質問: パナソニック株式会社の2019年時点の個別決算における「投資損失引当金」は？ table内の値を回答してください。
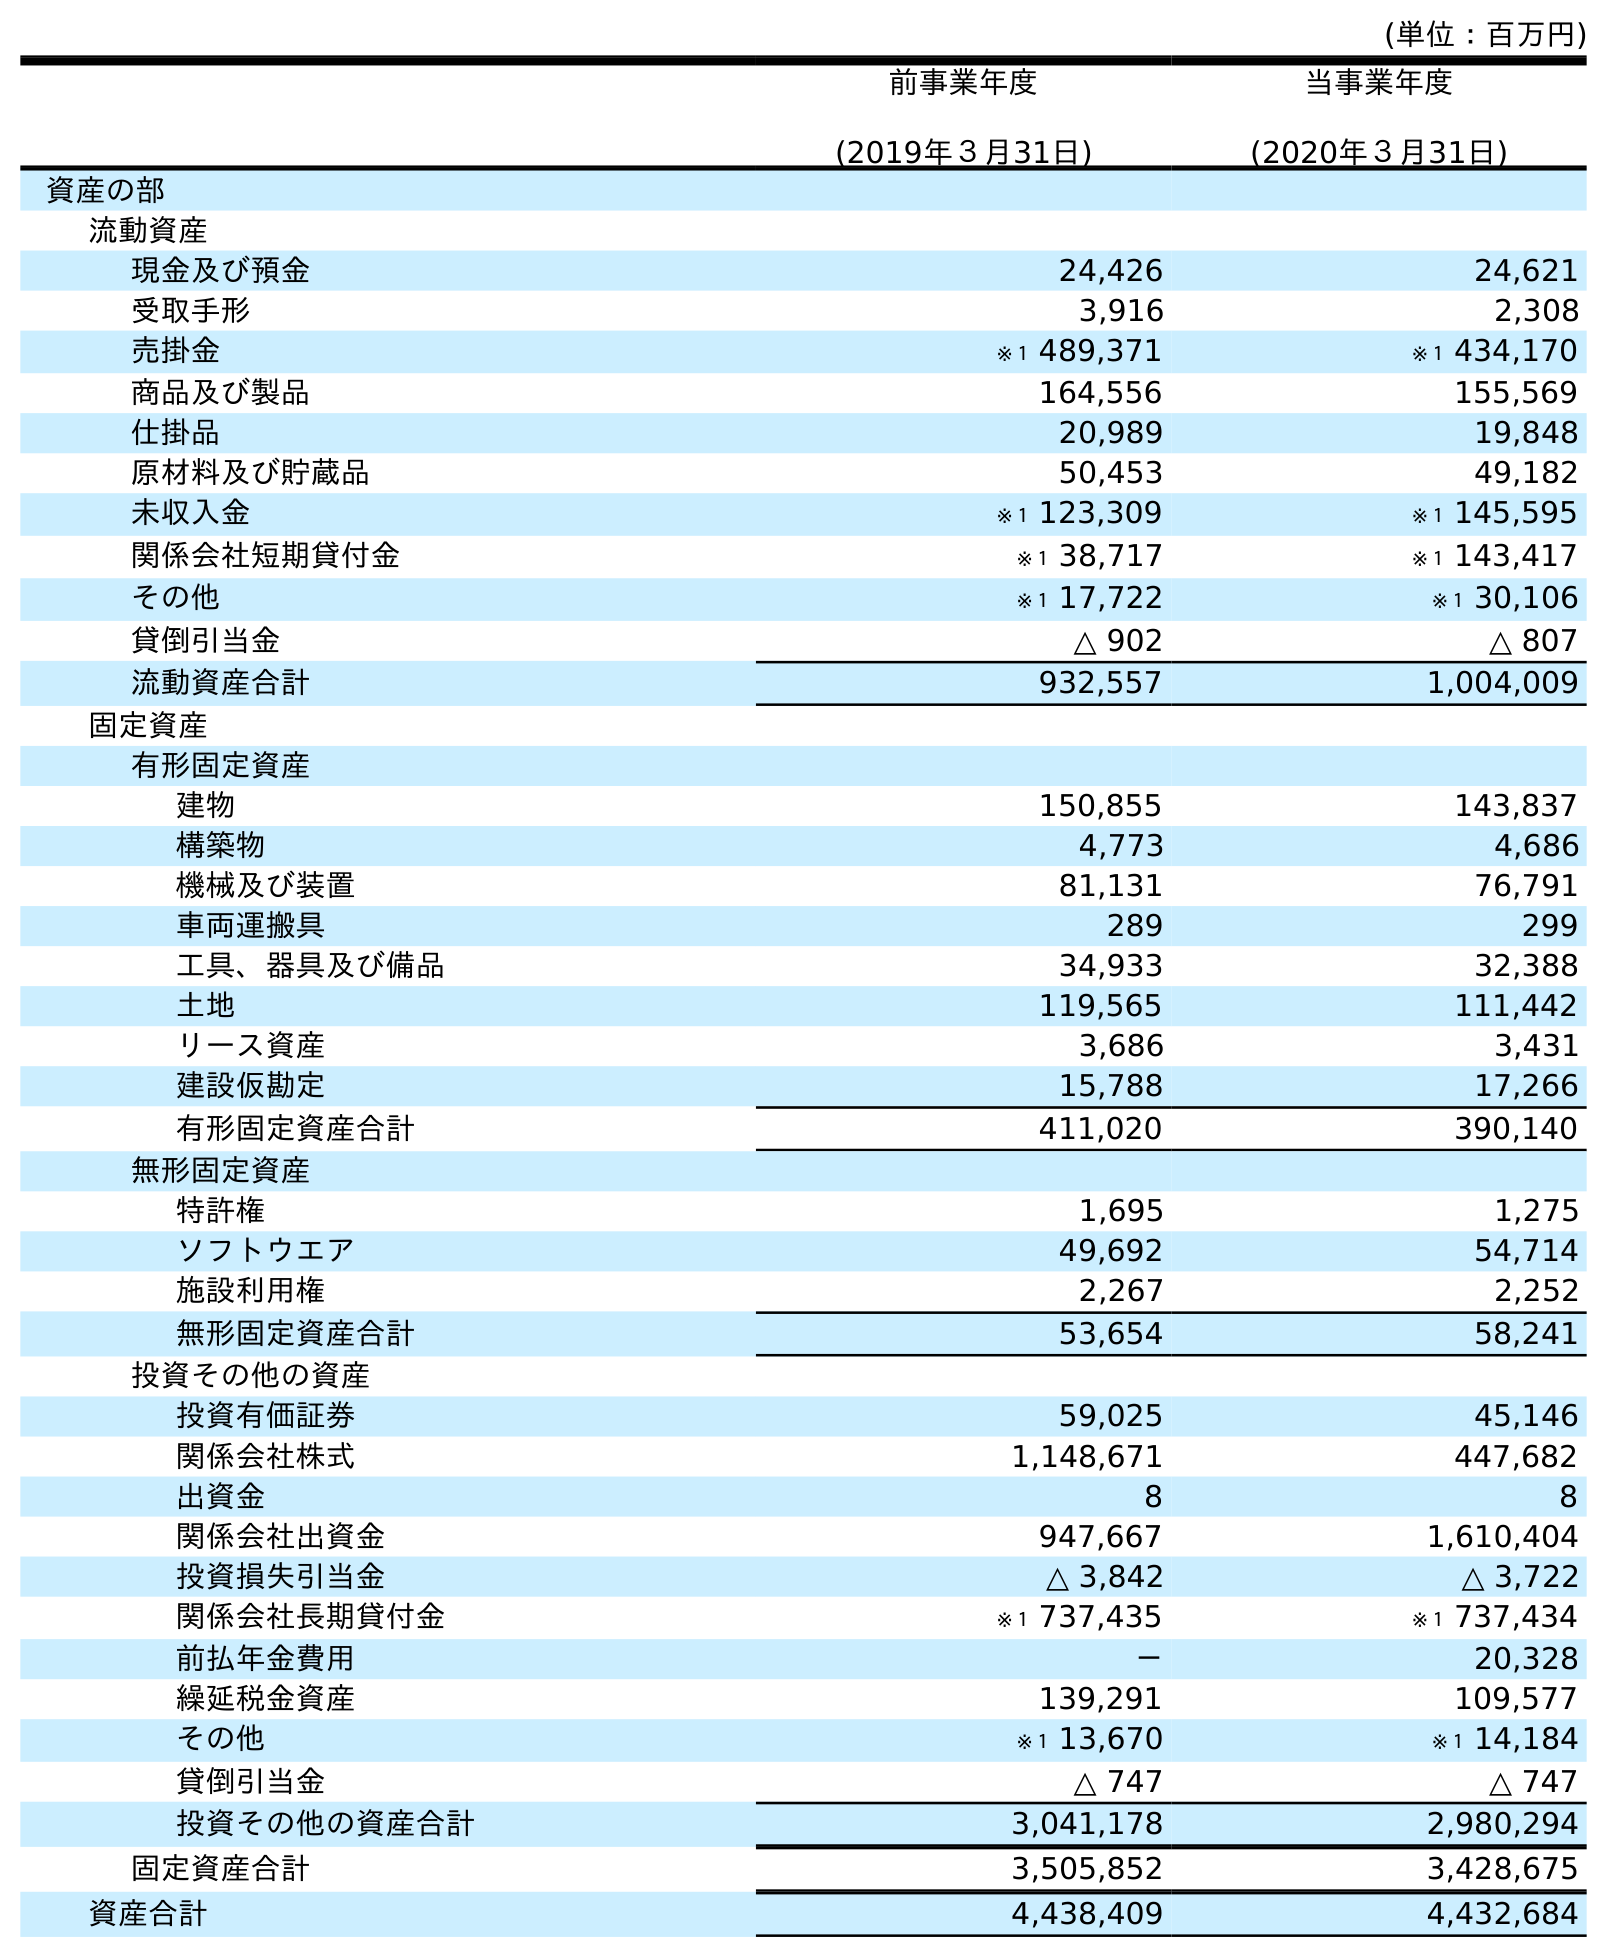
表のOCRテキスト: (単位：百万円) 前事業年度 (2019年３月31日) 当事業年度 (2020年３月31日) 資産の部 流動資産 現金及び預金 24,426 24,621 受取手形 3,916 2,308 売掛金 ※１ 489,371 ※１ 434,170 商品及び製品 164,556 155,569 仕掛品 20,989 19,848 原材料及び貯蔵品 50,453 49,182 未収入金 ※１ 123,309 ※１ 145,595 関係会社短期貸付金 ※１ 38,717 ※１ 143,417 その他 ※１ 17,722 ※１ 30,106 貸倒引当金 △ 902 △ 807 流動資産合計 932,557 1,004,009 固定資産 有形固定資産 建物 150,855 143,837 構築物 4,773 4,686 機械及び装置 81,131 76,791 車両運搬具 289 299 工具、器具及び備品 34,933 32,388 土地 119,565 111,442 リース資産 3,686 3,431 建設仮勘定 15,788 17,266 有形固定資産合計 411,020 390,140 無形固定資産 特許権 1,695 1,275 ソフトウエア 49,692 54,714 施設利用権 2,267 2,252 無形固定資産合計 53,654 58,241 投資その他の資産 投資有価証券 59,025 45,146 関係会社株式 1,148,671 447,682 出資金 8 8 関係会社出資金 947,667 1,610,404 投資損失引当金 △ 3,842 △ 3,722 関係会社長期貸付金 ※１ 737,435 ※１ 737,434 前払年金費用 － 20,328 繰延税金資産 139,291 109,577 その他 ※１ 13,670 ※１ 14,184 貸倒引当金 △ 747 △ 747 投資その他の資産合計 3,041,178 2,980,294 固定資産合計 3,505,852 3,428,675 資産合計 4,438,409 4,432,684
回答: △3,842